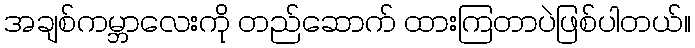
အချစ်ကမ္ဘာလေးကို တည်ဆောက် ထားကြတာပဲဖြစ်ပါတယ်။